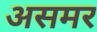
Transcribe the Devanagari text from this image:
असमर